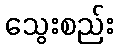
သွေးစည်း